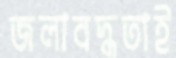
জলাবদ্ধতাই